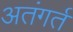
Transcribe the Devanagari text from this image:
अतंगर्त